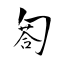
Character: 匒